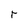
Character: r